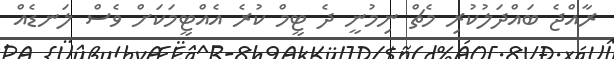
ރާއްޖެ ބައްދަލުކުރި މެޗް ނިމުނީ ދެ ޓީމް ކުރެ އެއްޓީމަކަށް ވެސް ލަނޑެއް